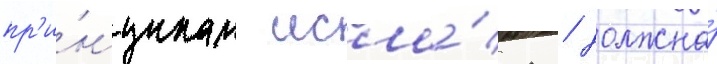
пр'и́нципам исла́ма / должна́